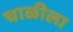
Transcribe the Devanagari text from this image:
चाळीला